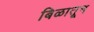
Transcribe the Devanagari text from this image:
बिळातून